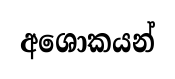
අශොකයන්